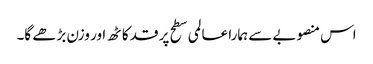
اس منصوبے سے ہمارا عالمی سطح پر قد کاٹھ اور وزن بڑھے گا۔